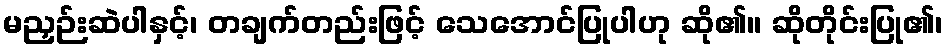
မညှဉ်းဆဲပါနှင့်၊ တချက်တည်းဖြင့် သေအောင်ပြုပါဟု ဆို၏။ ဆိုတိုင်းပြု၏၊